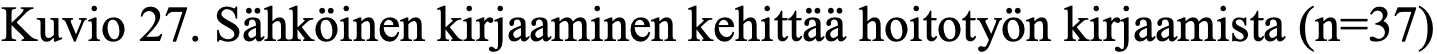
Kuvio 27. Sähköinen kirjaaminen kehittää hoitotyön kirjaamista (n=37)